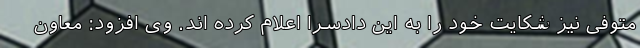
متوفی نیز شکایت خود را به این دادسرا اعلام کرده اند. وی افزود: معاون